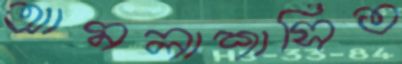
আমলাশাসিত